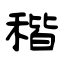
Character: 稭